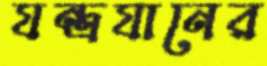
যন্ত্রযানের